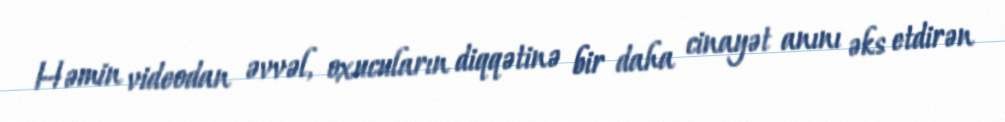
Həmin videodan əvvəl, oxucuların diqqətinə bir daha cinayət anını əks etdirən